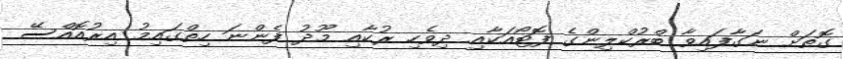
ގޮތަށް ނަގާފައިވާ ބްރުކްލިންގެ ފޮޓޯއަކާއި ދިވެހި ރުކާއި މޫދު ފެންނަ ހިތްގައިމު އިރުއޮއްސޭ